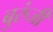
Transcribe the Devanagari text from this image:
बुरुंजी